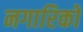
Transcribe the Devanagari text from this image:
नगारिकों